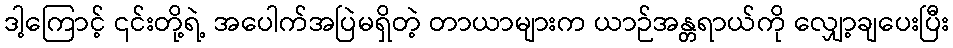
ဒါ့ကြောင့် ၎င်းတို့ရဲ့ အပေါက်အပြဲမရှိတဲ့ တာယာများက ယာဉ်အန္တရာယ်ကို လျှော့ချပေးပြီး